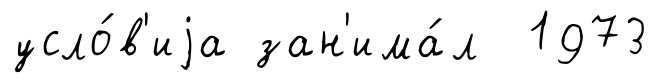
усло́в'иjа зан'има́л 1973